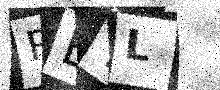
Text: PETL